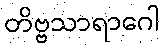
တိဗ္ဗသာရာဂေါ